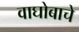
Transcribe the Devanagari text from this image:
वाघोबाचे